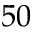
5 0